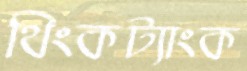
থিংকট্যাংক